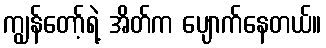
ကျွန်တော့်ရဲ့ အိတ်က ပျောက်နေတယ်။